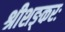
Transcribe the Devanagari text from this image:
श्रीशङ्करः